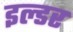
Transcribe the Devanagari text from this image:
इल्डर